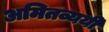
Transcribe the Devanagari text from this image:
अमितव्ययी